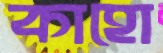
কাহো